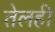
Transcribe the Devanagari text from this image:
तेलही